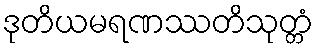
ဒုတိယမရဏဿတိသုတ္တံ